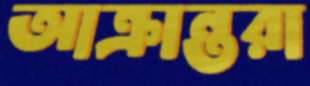
আক্রান্তরা